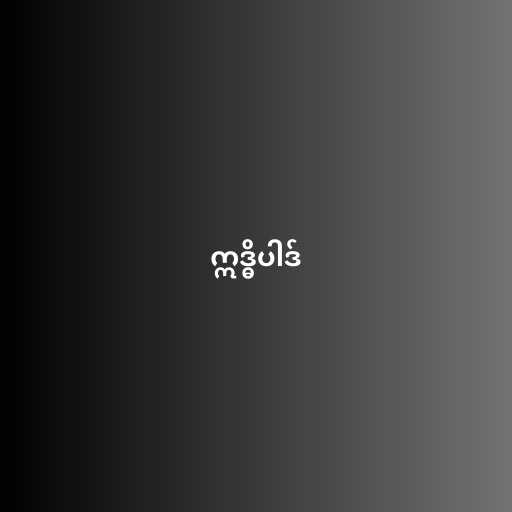
ဣဒ္ဓိပါဒ်